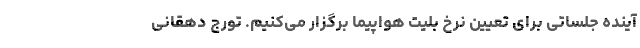
آینده جلساتی برای تعیین نرخ بلیت هواپیما برگزار می‌کنیم. تورج دهقانی